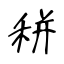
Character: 𥞩